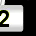
Digit: 2